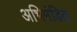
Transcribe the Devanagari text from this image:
अभिमंडित